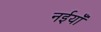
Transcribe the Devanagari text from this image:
नईयाँ